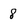
Character: 8